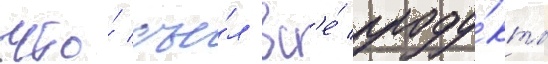
что́ съе́л вс'е́ проду́кты